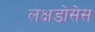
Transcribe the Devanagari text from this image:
लक्षडोसेस